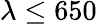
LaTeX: \lambda\le 650